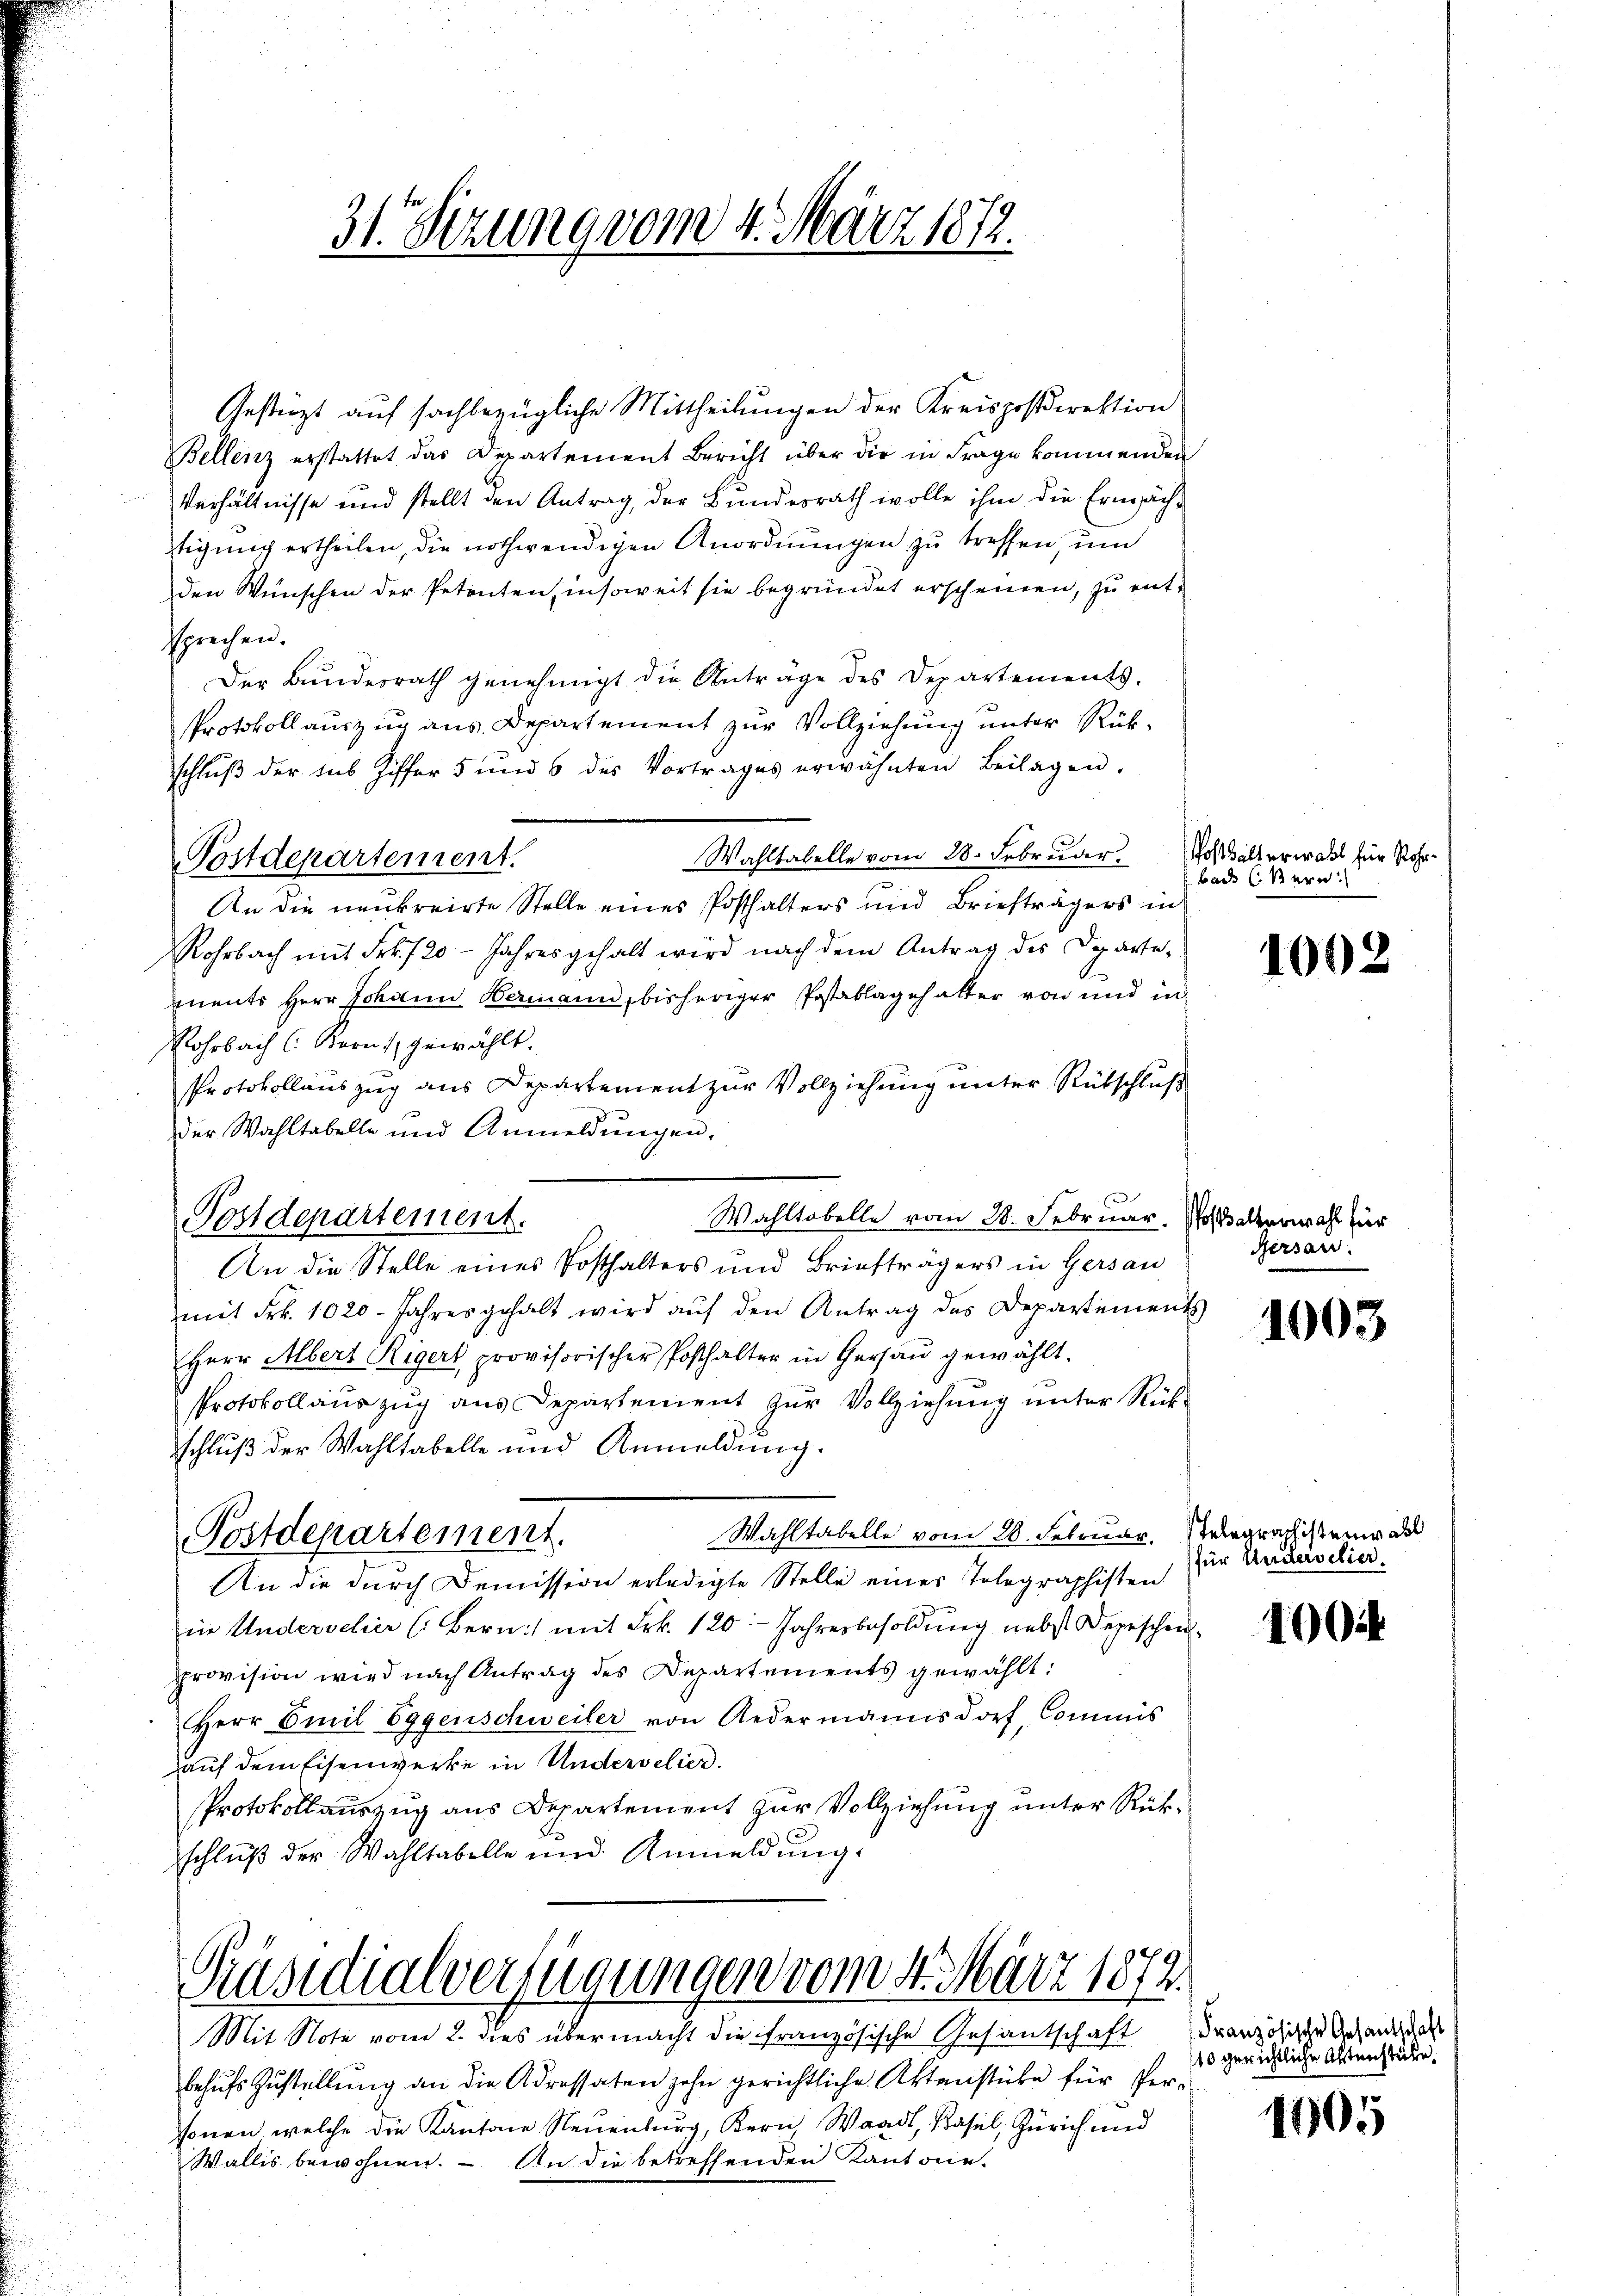
31. Sizung vom 4. März 1872.
2.

Präsidialverfügungen vom 4. März 1872.
Mit Note vom 2. dies übermacht die französische Gesantschaft Französische Gesandtes als

Gestürzt auf sachbezügliche Mittheilungen der Kreispostdirektion
Bellenz erstattet das Departement Bericht über die in Frage kommenden
Verhältnisse und stellt den Antrag, der Bundesrath wolle ihm die Ermächtigung ertheilen, die nothwendigen Anordnŭngen zŭ treffen, ŭm
den Wünschen der Petenten, insoweit sie begründet erscheinen, zu entsprechen.
Der Bŭndesrath genehmigt die Anträge des Departements-
Protokoll auszug aus Departement zur Vollziehung unter Rükschluß der sub Ziffer 5 und 6 des Vortrages erwähnten Beilagen.
Wahltabelle vom 28. Februder
Postdepartement.
An die neukreirte Stelle eines Posthalters und Briefträgers in
Rohrbach mit Frk. 20 Jahresgehalt wird nach dem Antrag des Departements Herr Johann Bermann, bisheriger Postablagehalter von und in
Rohrbach C. Korns, gewählt.
Protokollauszug aus Departement zur Vollziehung unter Rütschluß
der Wahltabelle und Anmeldungen.
Wahltabelle vom 28. Februar. Wo alterwahl für
Postdepartement.
An die Stelle eines Posthalters und Briefträgers in Gersau
mit Frk. 1020. Jahres gehalt wird aŭf den Antrag des Departements
Herr Albert Rigert provisorischer Posthalter in Gersaŭ gewählt.
Protokollauszug aus Departement zur Vollziehung unter Rückschluß der Wahltabelle und Anmeldung.
Wahltabelle vom 20. Februar. Stelegraphisten de
Postdepartement.
An die durch Demission erledigte Stelle eines Telegraphisten
in Undervelier (: Bern:/ mit Frk. 120 - Jahresbesoldung nebst Depeschen
provision wird nach Antrag des Departements gewählt:
Herr Emil Eggenschweiler von Redermannsdorf, Commis
auf dem Eisenwerke in Undervelier.
Protokollauszug aus Departement zur Vollziehung unter Rükschluß der Wahltabelle und Anmeldung.

Posthalt erwahl für Rohrbade (Stern.

behufs Zustellung an die Adressaten zehn gerichtliche Aktenstüke für Personen welche die Kantone Neuenburg, Kern Waadt, Basel, Zürich und
Wallis bewohnen. – An die betreffenden Kantone.

1002

Gersau:

1003

für Untervelier.

1004

10 gerichtliche Altenstüke

1005